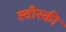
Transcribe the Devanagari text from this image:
ह्वीस्की